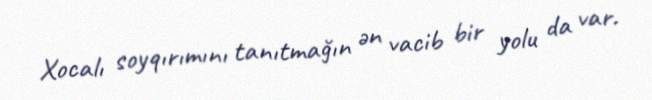
Xocalı soyqırımını tanıtmağın ən vacib bir yolu da var.